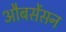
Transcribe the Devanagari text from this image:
औबसेंसन